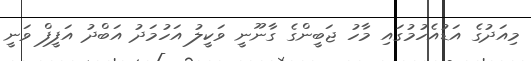
މިއަދުގެ އަޑުއެހުމުގައި މާހު ޖަބީންގެ ގާނޫނީ ވަކީލު އަހުމަދު އަބްދު އަފީފް ވަނީ